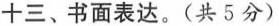
十三、书面表达。（共5分）